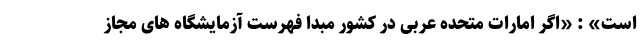
است» : «اگر امارات متحده عربی در کشور مبدا فهرست آزمایشگاه‌ های مجاز